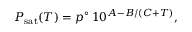
P _ { \mathrm { s a t } } ( T ) = p ^ { \circ } \, 1 0 ^ { A - B / ( C + T ) } ,